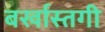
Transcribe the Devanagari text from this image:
बर्खास्‍तगी